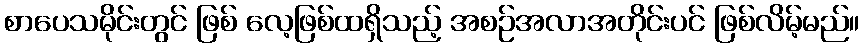
စာပေသမိုင်းတွင် ဖြစ် လေ့ဖြစ်ထရှိသည့် အစဉ်အလာအတိုင်းပင် ဖြစ်လိမ့်မည်။